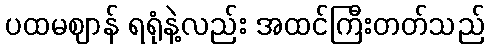
ပထမဈာန် ရရုံနဲ့လည်း အထင်ကြီးတတ်သည်